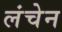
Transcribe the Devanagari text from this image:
लंचेन